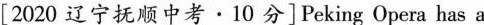
[ 2020 辽宁抚顺中考 · 10 分 ]Peking Opera has a